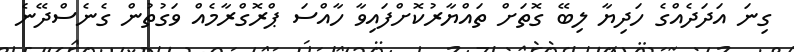
ގިނަ އަދަދެއްގެ ހަދިޔާ ލިބޭ ގޮތަށް ތައްޔާރުކޮށްފައިވާ ހާއްސަ ޕްރޮގްރާމެއް ވަގުތުން ގެނެސްދޭނެ